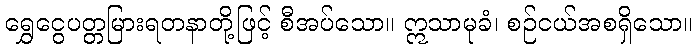
ရွှေငွေပတ္တမြားရတနာတို့ဖြင့် စီအပ်သော။ ဣသာမုခံ၊ စဉ်ငယ်အစရှိသော။